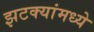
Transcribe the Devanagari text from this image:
झटक्यांमध्ये